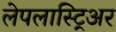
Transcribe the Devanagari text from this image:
लेपलास्ट्रिअर